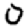
Digit: 0